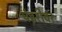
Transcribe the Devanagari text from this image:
पंढरीवर